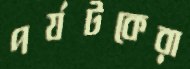
পর্যটকেরা